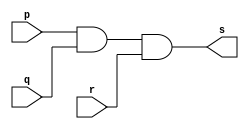
// ---------------------
// Exercicio 08  - AND
// Nome: Josu
// ---------------------


// ---------------------
// -- and gate
// ---------------------
module andgate (output s, input p, input q, input r);

    assign s = (p & q) & r;

endmodule


// ---------------------
// -- test andgate
// ---------------------
module testandgate;

    reg a, b, c;
    wire s;

    andgate AND1 (s, a, b, c);

    initial begin:main
        $display("test and:");
        $display("\n ( (p & q) & r = s \n");
        $monitor(" (%b & %b) & %b = %b", a, b, c, s);

        a = 0;
        b = 0;
        c = 0;

        #1  a = 0;    b = 0;  c = 1;
        #1  a = 0;    b = 1;  c = 0;
        #1  a = 0;    b = 1;  c = 1;
        #1  a = 1;    b = 0;  c = 0;
        #1  a = 1;    b = 0;  c = 1;
        #1  a = 1;    b = 1;  c = 0;
        #1  a = 1;    b = 1;  c = 1;
    end

endmodule